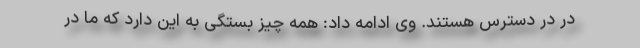
در در دسترس هستند. وی ادامه داد: همه چیز بستگی به این دارد که ما در